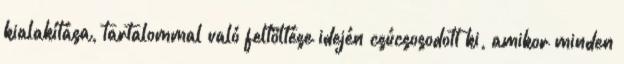
kialakítása, tartalommal való feltöltése idején csúcsosodott ki, amikor minden